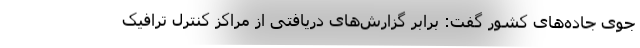
جوی جاده‌های کشور گفت: برابر گزارش‌های دریافتی از مراکز کنترل ترافیک